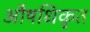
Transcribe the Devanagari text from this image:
औषधिकृत